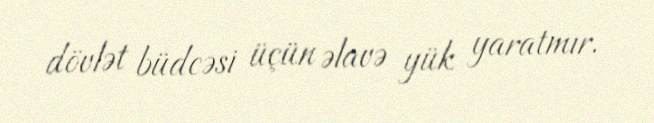
dövlət büdcəsi üçün əlavə yük yaratmır.